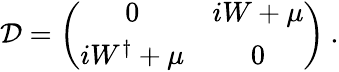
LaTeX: {\cal D}=\left(\begin{array}{cc}{{0}}&{{iW+\mu}}\\ {{iW^{\dagger}+\mu}}&{{0}}\end{array}\right)\: .